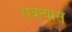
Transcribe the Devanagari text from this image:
राबत्यास